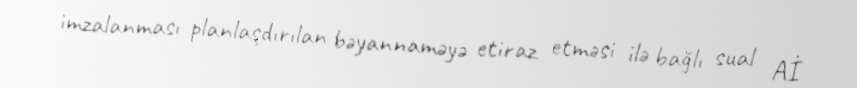
imzalanması planlaşdırılan bəyannaməyə etiraz etməsi ilə bağlı sual Aİ